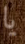
يا